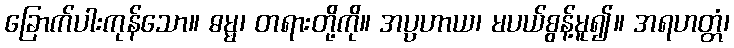
ခြောက်ပါးကုန်သော။ ဓမ္မ၊ တရားတို့ကို။ အပ္ပဟာယ၊ မပယ်စွန့်မူ၍။ အရဟတ္တံ၊